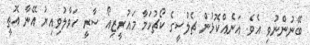
ބޭނުންނުވި އެވެ. އަނެއްކޮޅުން ޗެލްސީގެ ކޯޗުކަމާ މަައުރީޒިއޯ ސާރީ ހަވާލުވިއިރު އޭނާ އޮތީ